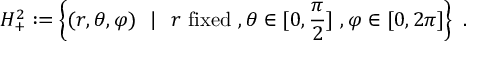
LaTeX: H _ { + } ^ { 2 } : = \left\{ ( r , \theta , \varphi ) \ \ | \ \ r \ \mathrm { f i x e d } \ , \theta \in [ 0 , \frac { \pi } { 2 } ] \ , \varphi \in [ 0 , 2 \pi ] \right\} \ .